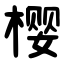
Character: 樱